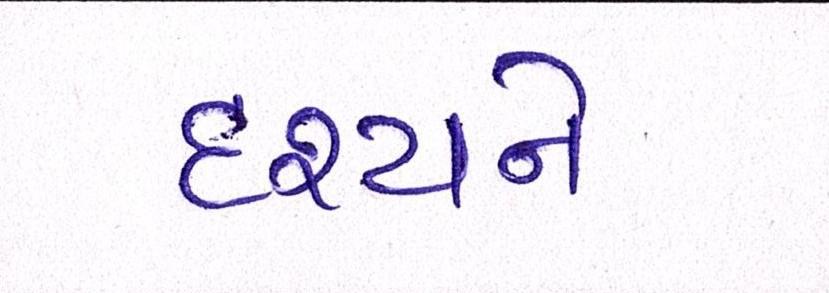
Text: દૃશ્યને